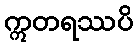
ဣတရဿပိ